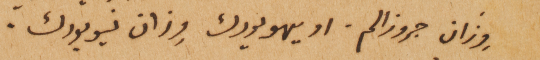
وِزان جروزالم. او يهويورك وِزان نيويورك.